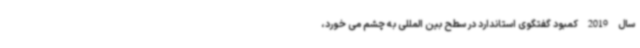
سال 2019 کمبود گفتگوی استاندارد در سطح بین المللی به چشم می خورد،